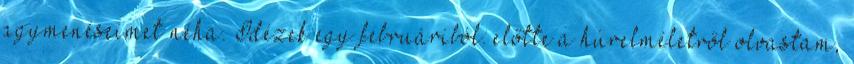
agymenéseimet néha. Idézek egy februáriból: előtte a húrelméletről olvastam,